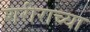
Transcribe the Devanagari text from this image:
शरीराच्या